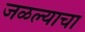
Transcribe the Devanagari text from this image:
जळल्याचा